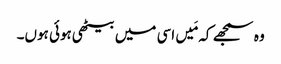
وہ سمجھے کہ مَیں اسی میں بیٹھی ہوئی ہوں۔